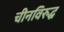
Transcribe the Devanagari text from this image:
चीनविरुद्ध